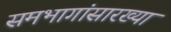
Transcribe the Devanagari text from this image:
समभागांसारख्या